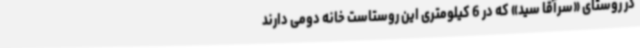
در روستای «سرآقا سید» که در 6 کیلومتری این روستاست خانه دومی دارند